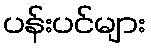
ပန်းပင်များ